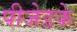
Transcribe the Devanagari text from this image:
पीजेडके